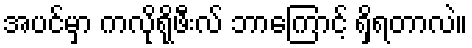
အပင်မှာ ကလိုရိုဖီးလ် ဘာကြောင့် ရှိရတာလဲ။